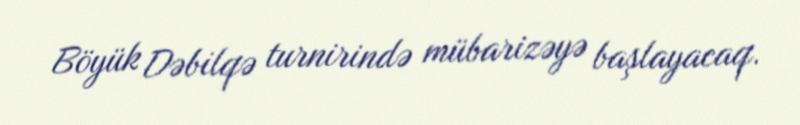
Böyük Dəbilqə turnirində mübarizəyə başlayacaq.